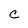
Character: C